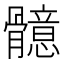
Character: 𩪣